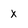
Character: X